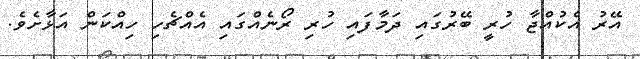
އޭރު އެކުއްޖާ ހުރީ ބޭރުގައި ދަމާފައި ހުރި ރޯނެއްގައި އެއްޗެހި ހިއްކަން އަޅާށެވެ.